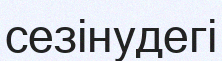
сезінудегі